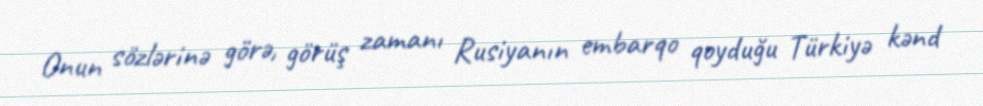
Onun sözlərinə görə, görüş zamanı Rusiyanın embarqo qoyduğu Türkiyə kənd